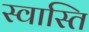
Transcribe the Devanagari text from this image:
स्‍वास्‍ति